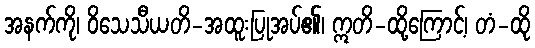
အနက်ကို၊ ဝိသေသီယတိ-အထူးပြုအပ်၏၊ ဣတိ-ထို့ကြောင့်၊ တံ-ထို